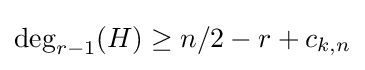
\deg _{r-1}(H)\geq n/2-r+c_{k,n}